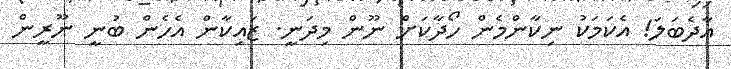
އާދެބަލަ! އެކަމަކު ނިކާންމެން ހޯދާކަށް ނޫން މިދަނީ. ޒައިކާން އެހެން ބުނީ ނޫރީން